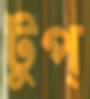
টুপ্‌